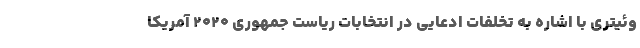
وئیتری با اشاره به تخلفات ادعایی در انتخابات ریاست جمهوری ۲۰۲۰ آمریکا